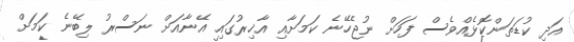
އަދި ކުޑަތަންކޮޅެއްވެސް ފަހަށް ނުޖެހޭނެ ކަމަށާއި އާޚިރުގައި އޭނާއަށް ނަސްރު ލިބޭނެ ކަމަށް